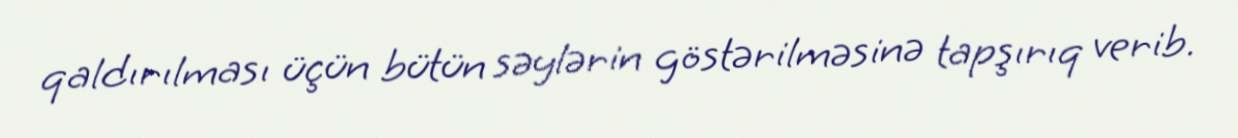
qaldırılması üçün bütün səylərin göstərilməsinə tapşırıq verib.